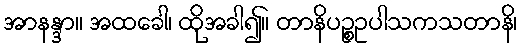
အာနန္ဒာ။ အထခေါ၊ ထိုအခါ၍။ တာနိပဉ္စဥပါသကသတာနိ၊